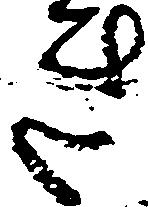
き